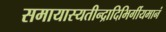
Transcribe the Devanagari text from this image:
समायास्यतीन्द्रादिभिर्गीयमानं